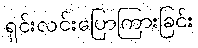
ရှင်းလင်းပြောကြားခြင်း